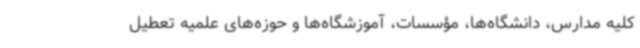
کلیه مدارس، دانشگاه‌ها، مؤسسات، آموزشگاه‌ها و حوزه‌های علمیه تعطیل